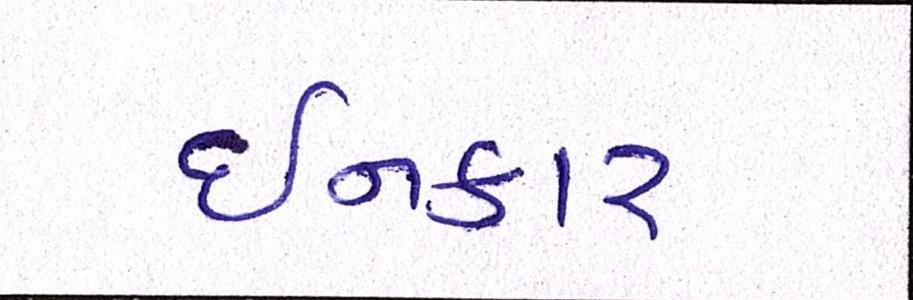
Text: ઈનકાર